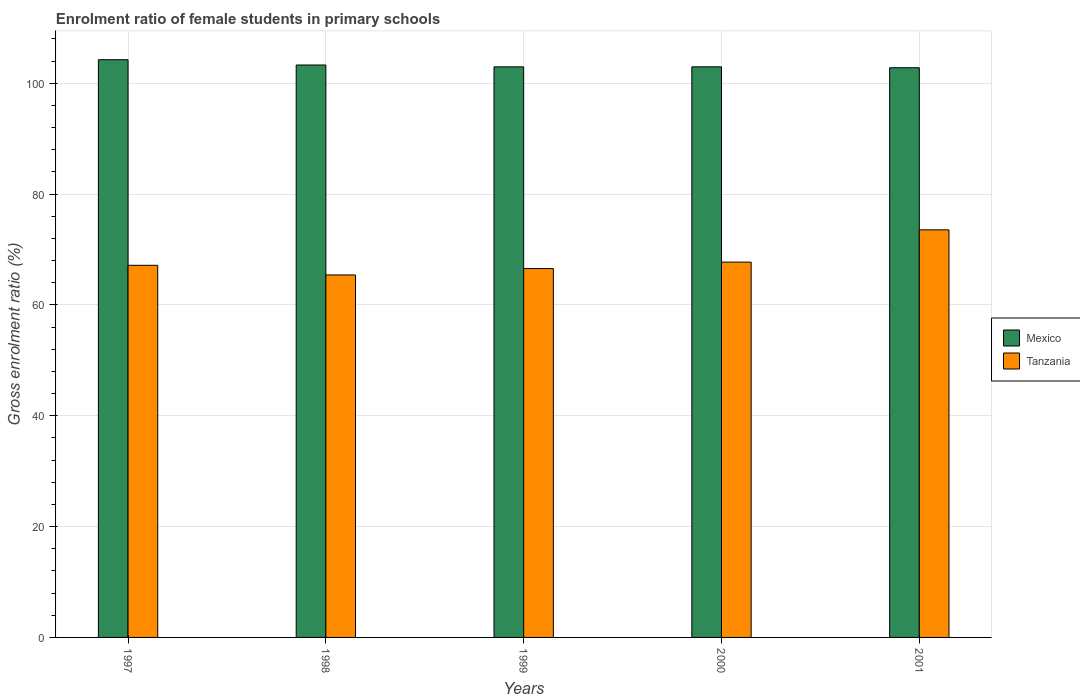
| Years | Mexico | Tanzania |
 | --- | --- | --- |
 | 1997 | 104 | 67.2 |
 | 1998 | 103 | 65.4 |
 | 1999 | 103 | 66.6 |
 | 2000 | 103 | 67.7 |
 | 2001 | 103 | 73.6 |